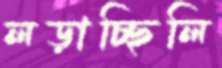
লড়াচ্ছিলি